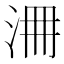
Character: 𣳷